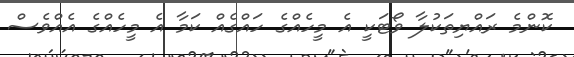
ކޮންމެ ރައްޔިތަކުލާ ވޯޓަކީ އެ މީހެއްގެ ހައްގެއް ކަމާ އެ މީހެއްގެ އެއްވެސް